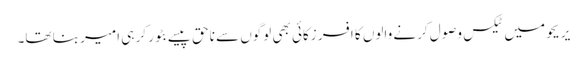
‏ یریحو میں ٹیکس وصول کرنے والوں کا افسر زکائی بھی لوگوں سے ناحق پیسے بٹور کر ہی امیر بنا تھا۔